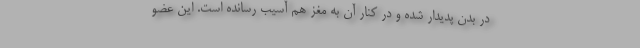
در بدن پدیدار شده و در کنار آن به مغز هم آسیب رسانده است. این عضو